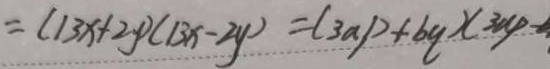
= ( 1 3 x + 2 y ) ( 1 3 x - 2 y ) = ( 3 a p + b q ) ( 3 a p